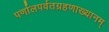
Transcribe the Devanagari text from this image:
पर्णालपर्वतग्रहणाख्यानम्